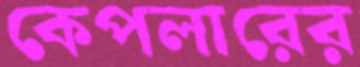
কেপলারের